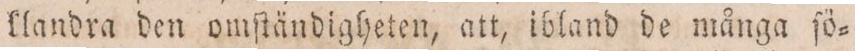
klandra den omſtändigheten, att, ibland de många ſö=